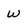
Character: w